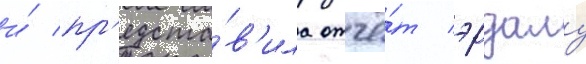
и́ пр'едста́в'ила отчё́т эрдалу